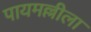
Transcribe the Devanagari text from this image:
पायमल्लीला